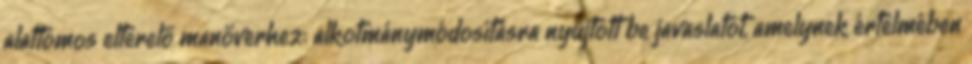
alattomos elterelő manőverhez: alkotmánymódosításra nyújtott be javaslatot, amelynek értelmében